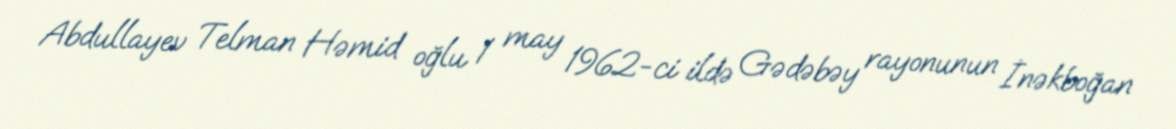
Abdullayev Telman Həmid oğlu 1 may 1962-ci ildə Gədəbəy rayonunun İnəkboğan